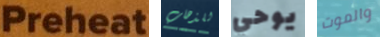
Preheat للذهاب يوحي والموت